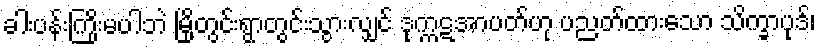
ခါးပန်းကြိုးမပါဘဲ မြို့တွင်းရွာတွင်းသွားလျှင် ဒုက္ကဋအာပတ်ဟု ပညတ်ထားသော သိက္ခာပုဒ်၊